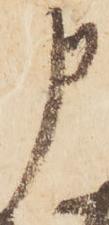
申